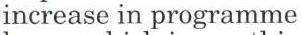
increase in programme